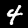
Label: 4